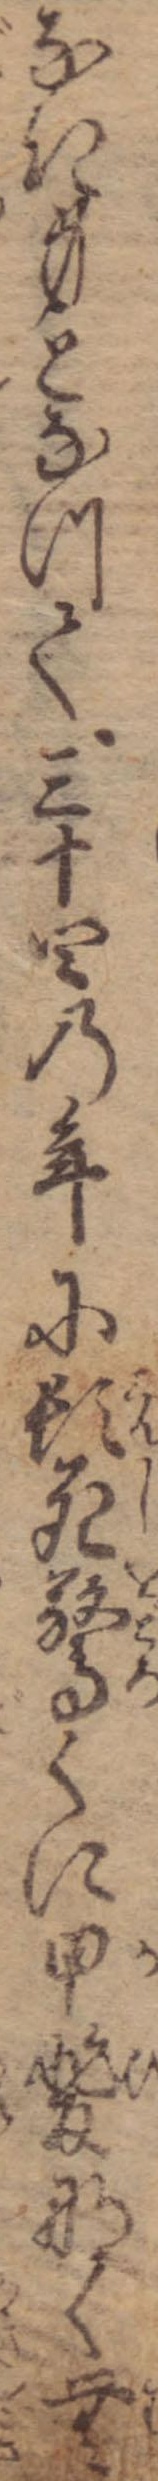
なき身となつて三十四の年に頓死驚くに甲斐なく無